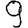
Digit: 9